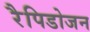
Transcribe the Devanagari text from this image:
रैपिडोजन